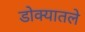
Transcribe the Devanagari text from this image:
डोक्यातले